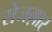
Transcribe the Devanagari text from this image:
रोजग़ार